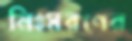
নিঃসরণের